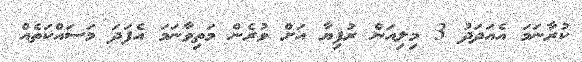
ކުރާނަމަ އެއަދަދު 3 މިލިއަން ރުފިޔާ އަށް ވުރެން މަތިވާނަމަ އެފަދަ މަސައްކަތެއް